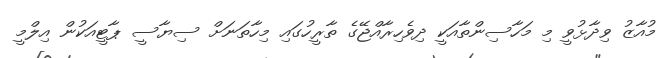
މުއާޒު ވިދާޅުވީ މި މަހާސިންތާއަކީ ދިވެހިރާއްޖޭގެ ތާރީހުގައި މިހާތަނަށް ސިޔާސީ ޕާޓީއަކުން އިލްމީ